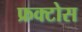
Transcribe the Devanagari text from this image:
फ्रक्टोस